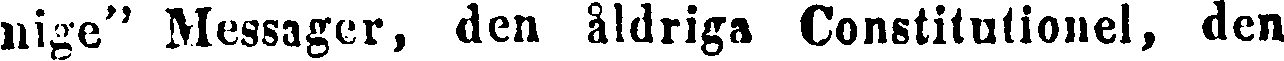
nige" Messager, den åldriga Constitutionel, den